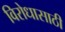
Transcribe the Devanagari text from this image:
विरोधासाठी